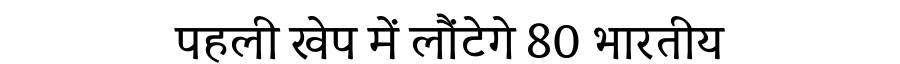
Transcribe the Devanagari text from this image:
पहली खेप में लौंटेगे 80 भारतीय